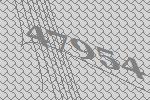
47954